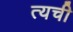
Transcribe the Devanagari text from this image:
त्यची